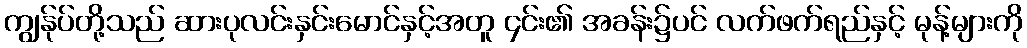
ကျွန်ုပ်တို့သည် ဆားပုလင်းနှင်းမောင်နှင့်အတူ ၄င်း၏ အခန်း၌ပင် လက်ဖက်ရည်နှင့် မုန့်များကို